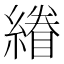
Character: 𮈿